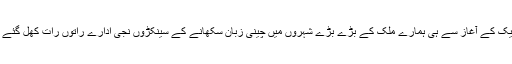
سی پیک کے آغاز سے ہی ہمارے ملک کے بڑے بڑے شہروں میں چینی زبان سکھانے کے سینکڑوں نجی ادارے راتوں رات کھل گئے تھے۔